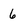
Character: 6